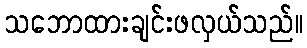
သဘောထားချင်းဖလှယ်သည်။